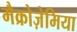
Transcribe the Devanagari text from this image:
मैक्रोज़ेमिया